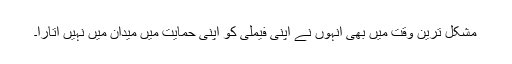
مشکل ترین وقت میں بھی انہوں نے اپنی فیملی کو اپنی حمایت میں میدان میں نہیں اُتارا۔